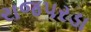
રાજપરડા